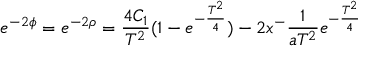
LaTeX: e ^ { - 2 \phi } = e ^ { - 2 \rho } = \frac { 4 C _ { 1 } } { T ^ { 2 } } ( 1 - e ^ { - \frac { T ^ { 2 } } { 4 } } ) - 2 x ^ { - } \frac { 1 } { a T ^ { 2 } } e ^ { - \frac { T ^ { 2 } } { 4 } }